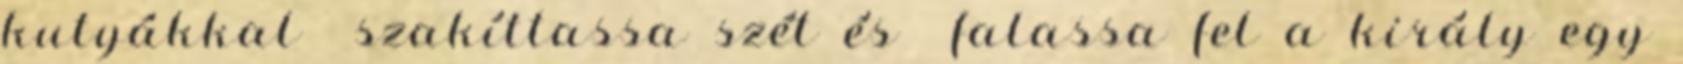
kutyákkal szakíttassa szét és falassa fel a király egy